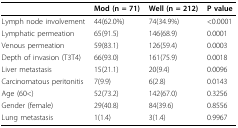
|  | Mod (n = 71) | Well (n = 212) | P value |
 | --- | --- | --- | --- |
 | Lymph node involvement | 44(62.0%) | 74(34.9%) | <0.0001 |
 | Lymphatic permeation | 65(91.5) | 146(68.9) | 0.0001 |
 | Venous permeation | 59(83.1) | 126(59.4) | 0.0003 |
 | Depth of invasion (T3T4) | 66(93.0) | 161(75.9) | 0.0018 |
 | Liver metastasis | 15(21.1) | 20(9.4) | 0.0096 |
 | Carcinomatous peritonitis | 7(9.9) | 6(2.8) | 0.0143 |
 | Age (60<) | 52(73.2) | 142(67.0) | 0.3256 |
 | Gender (female) | 29(40.8) | 84(39.6) | 0.8556 |
 | Lung metastasis | 1(1.4) | 3(1.4) | 0.9967 |